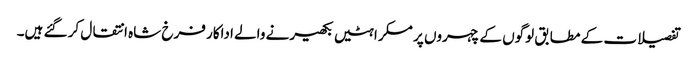
تفصیلات کے مطابق لوگوں کے چہروں پر مسکراہٹیں بکھیرنے والے اداکار فرخ شاہ انتقال کر گئے ہیں۔